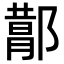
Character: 𬪕